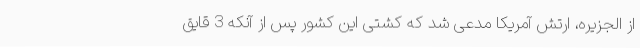
از الجزیره، ارتش آمریکا مدعی شد که کشتی این کشور پس از آنکه 3 قایق